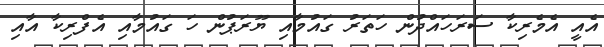
އެއީ އެމެރިކާ ސަރަހައްދުން ހަތަރު ގައުމާއި ޔޫރަޕުން ހަ ގައުމާއި އެފްރިކާ އާއި